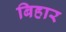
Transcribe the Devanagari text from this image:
बिहार